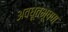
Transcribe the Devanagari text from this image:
अवधूतभूषण